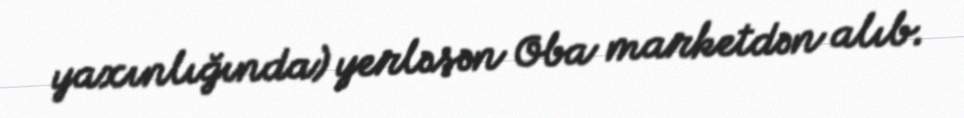
yaxınlığında) yerləşən Oba marketdən alıb.